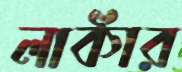
লাকাঁর